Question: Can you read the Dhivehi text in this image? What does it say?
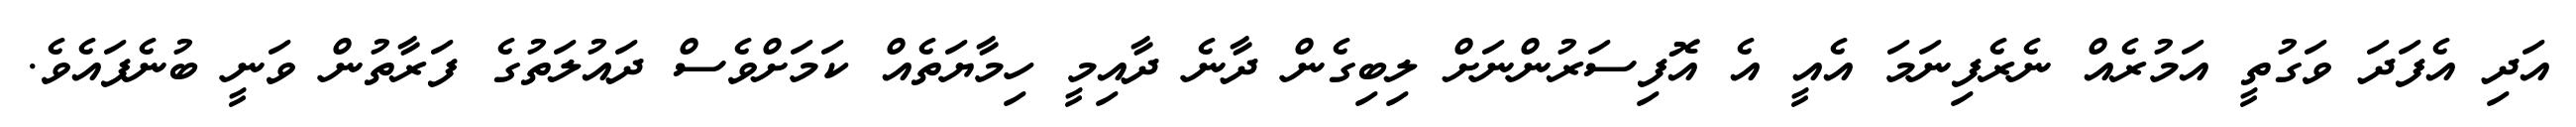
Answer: އަދި އެފަދަ ވަގުތީ އަމުރެއް ނެރެފިނަމަ އެއީ އެ އޮފިސަރުންނަށް ލިބިގެން ދާނެ ދާއިމީ ހިމާޔަތެއް ކަމަށްވެސް ދައުލަތުގެ ފަރާތުން ވަނީ ބުނެފައެވެ.